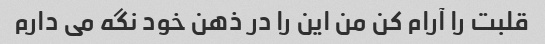
قلبت را آرام کن من این را در ذهن خود نگه می دارم